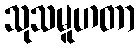
သုသမူဟတာ